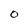
Character: O